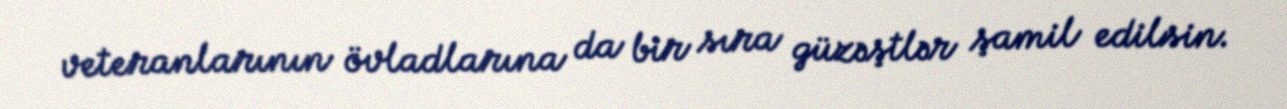
veteranlarının övladlarına da bir sıra güzəştlər şamil edilsin.